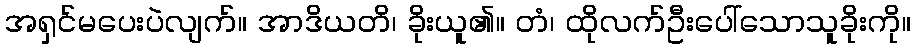
အရှင်မပေးပဲလျက်။ အာဒိယတိ၊ ခိုးယူ၏။ တံ၊ ထိုလက်ဦးပေါ်သောသူခိုးကို။